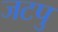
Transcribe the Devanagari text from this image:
जटपु